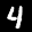
Label: 4